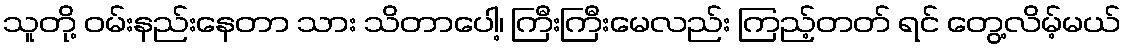
သူတို့ ဝမ်းနည်းနေတာ သား သိတာပေါ့၊ ကြီးကြီးမေလည်း ကြည့်တတ် ရင် တွေ့လိမ့်မယ်